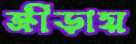
ক্রীড়ায়